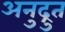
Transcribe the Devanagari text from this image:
अनुद्रुत